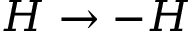
H \to - H